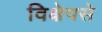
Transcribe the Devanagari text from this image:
विक्षेपसे